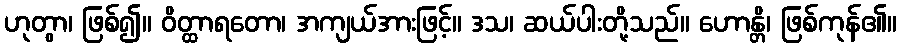
ဟုတွာ၊ ဖြစ်၍။ ဝိတ္ထာရတော၊ အကျယ်အားဖြင့်။ ဒသ၊ ဆယ်ပါးတို့သည်။ ဟောန္တိ၊ ဖြစ်ကုန်၏။